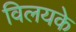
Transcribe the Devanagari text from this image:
विलयके